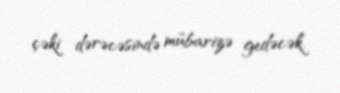
çəki dərəcəsində mübarizə gedəcək.